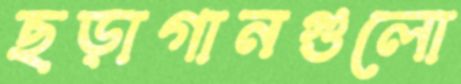
ছড়াগানগুলো